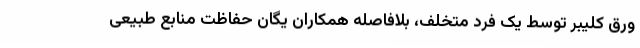
ورق کلیبر توسط یک فرد متخلف، بلافاصله همکاران یگان حفاظت منابع طبیعی